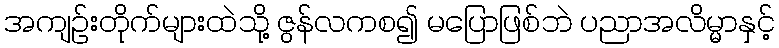
အကျဉ်းတိုက်များထဲသို့ ဇွန်လကစ၍ မပြောဖြစ်ဘဲ ပညာအလိမ္မာနှင့်